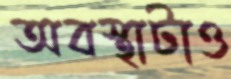
অবস্থাটাও